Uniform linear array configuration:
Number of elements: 32
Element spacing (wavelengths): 0.25
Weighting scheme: hann
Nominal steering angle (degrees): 60
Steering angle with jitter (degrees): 58.69
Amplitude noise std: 0.05
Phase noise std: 0.05

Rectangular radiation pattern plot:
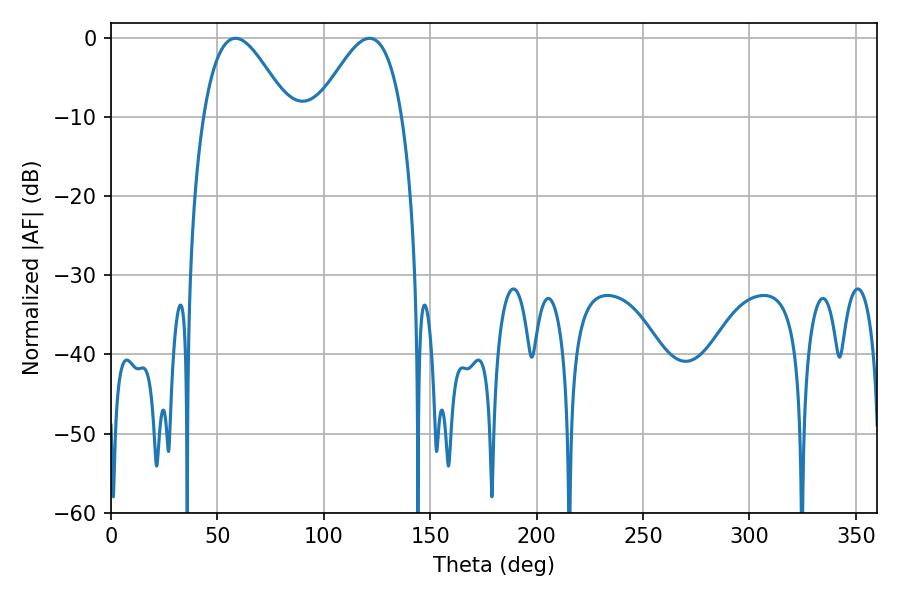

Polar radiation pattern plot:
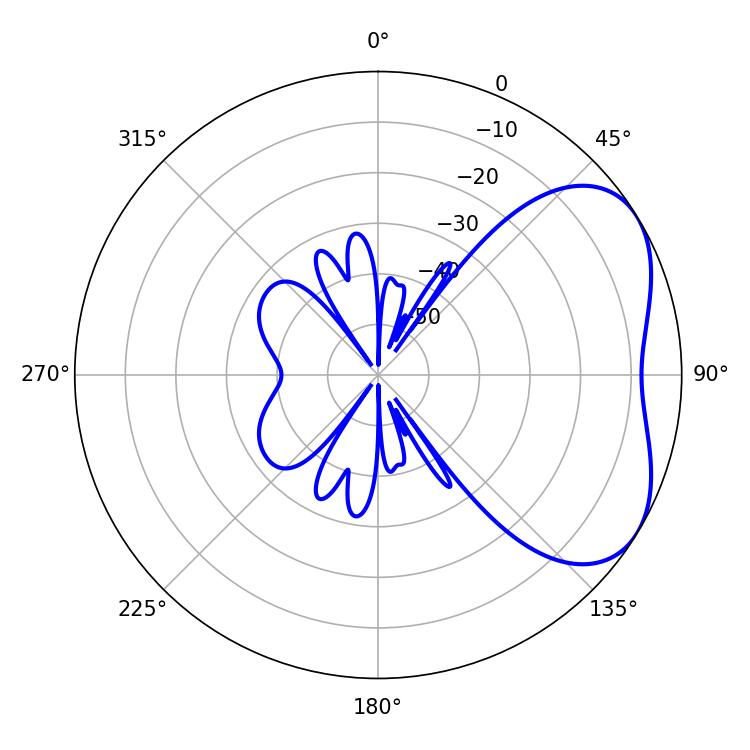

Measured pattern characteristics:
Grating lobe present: FALSE
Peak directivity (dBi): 4.321
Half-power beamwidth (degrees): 21.6
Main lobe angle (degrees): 58.5